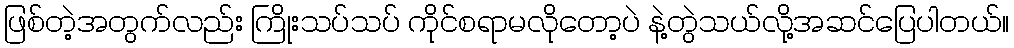
ဖြစ်တဲ့အတွက်လည်း ကြိုးသပ်သပ် ကိုင်စရာမလိုတော့ပဲ နဲ့တွဲသယ်လို့အဆင်ပြေပါတယ်။